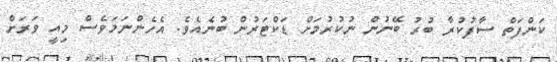
ކަންފަތް ސާފުކުރާ ބުރު ބޭނުން ނުކުރުމަށް ޑަކްޓަރުން ބުނެއެވެ. އެހެންނަމަވެސް މިއީ ވަރަށް